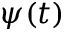
\psi ( t )